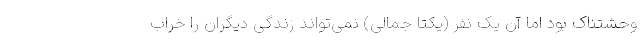
وحشتناک بود اما آن یک نفر (یکتا جمالی) نمی‌تواند زندگی دیگران را خراب